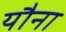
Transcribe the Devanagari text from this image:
यौना